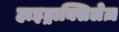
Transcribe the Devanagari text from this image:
हाइड्राक्सिलेज़